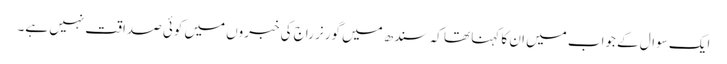
ایک سوال کے جواب میں ان کا کہنا تھا کہ سندھ میں گورنر راج کی خبروں میں کوئی صداقت نہیں ہے۔